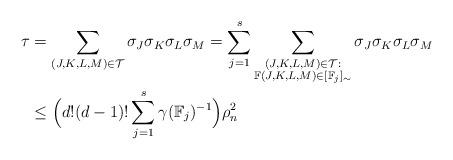
LaTeX: \begin{align*} \tau&=\sum_{(J,K,L,M)\in\mathcal{T}}\sigma_J\sigma_K\sigma_L\sigma_M=\sum_{j=1}^s \sum_{\substack{(J,K,L,M)\in\mathcal{T}:\\\mathbb{F}(J,K,L,M)\in[\mathbb{F}_j]_\sim}}\sigma_J\sigma_K\sigma_L\sigma_M\\ &\leq \Bigl(d!(d-1)!\sum_{j=1}^s\gamma(\mathbb{F}_j)^{-1}\Bigr)\rho_n^2 \end{align*}